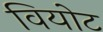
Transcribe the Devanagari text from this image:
वियोट